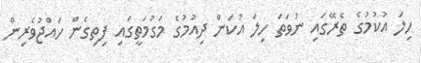
ހިލަ އުކުމުގެ ތެރޭގައި ނުވަތަ ހިލަ އުކަން ދިއުމުގެ މަގުމަތީގައި ފިތިގެން ހައްޖުވެރިން